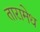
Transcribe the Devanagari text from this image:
तारामेध